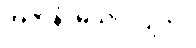
အဇာနံ၊ မသိပဲလျက်။